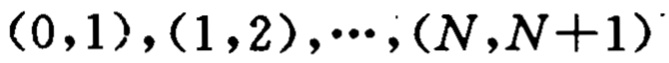
$(0,1),(1,2),\cdots,(N,N + 1)$